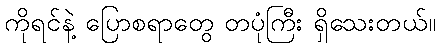
ကိုရင်နဲ့ ပြောစရာတွေ တပုံကြီး ရှိသေးတယ်။